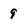
Character: 9